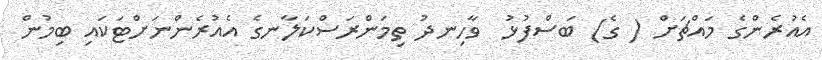
އެއުރެންގެ މައްޗަށް ( ގެ) ބަސްފުޅު  ވާހިނދު ތިމަންރަސްކަލާނގެ އެއުރެންނަށްޓަކައި ބިމުން